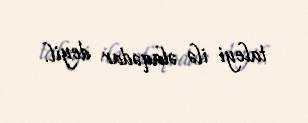
taleyi ilə əlaqədar deyil.